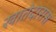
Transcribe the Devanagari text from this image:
खातेदारास